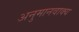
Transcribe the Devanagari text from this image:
अनुमानवाक्य